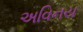
અવિનય